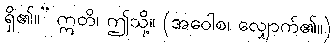
ရှိ၏။” ဣတိ၊ ဤသို့။ (အဝေါစ၊ လျှောက်၏။)